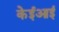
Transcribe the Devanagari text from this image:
केईआई